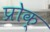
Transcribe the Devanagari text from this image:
प्रोक्